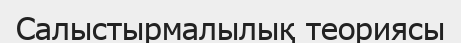
Салыстырмалылық теориясы